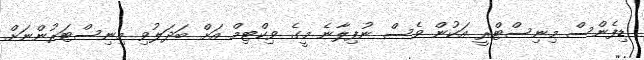
ޑިފެންސް މިނިސްޓްރީ އަކުން ވެސް ނުފިލާނެ މީގެ ވިކްޓިމް އަށް ބަދަލުވި މިނިސްޓަރުންނަށް